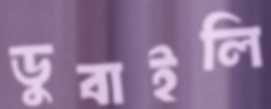
ডুবাইলি